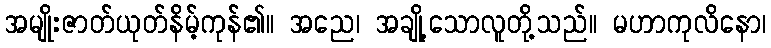
အမျိုးဇာတ်ယုတ်နိမ့်ကုန်၏။ အညေ၊ အချို့သောလူတို့သည်။ မဟာကုလိနော၊